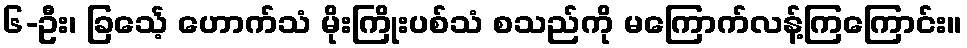
၆-ဦး၊ ခြင်္သေ့ ဟောက်သံ မိုးကြိုးပစ်သံ စသည်ကို မကြောက်လန့်ကြကြောင်း။